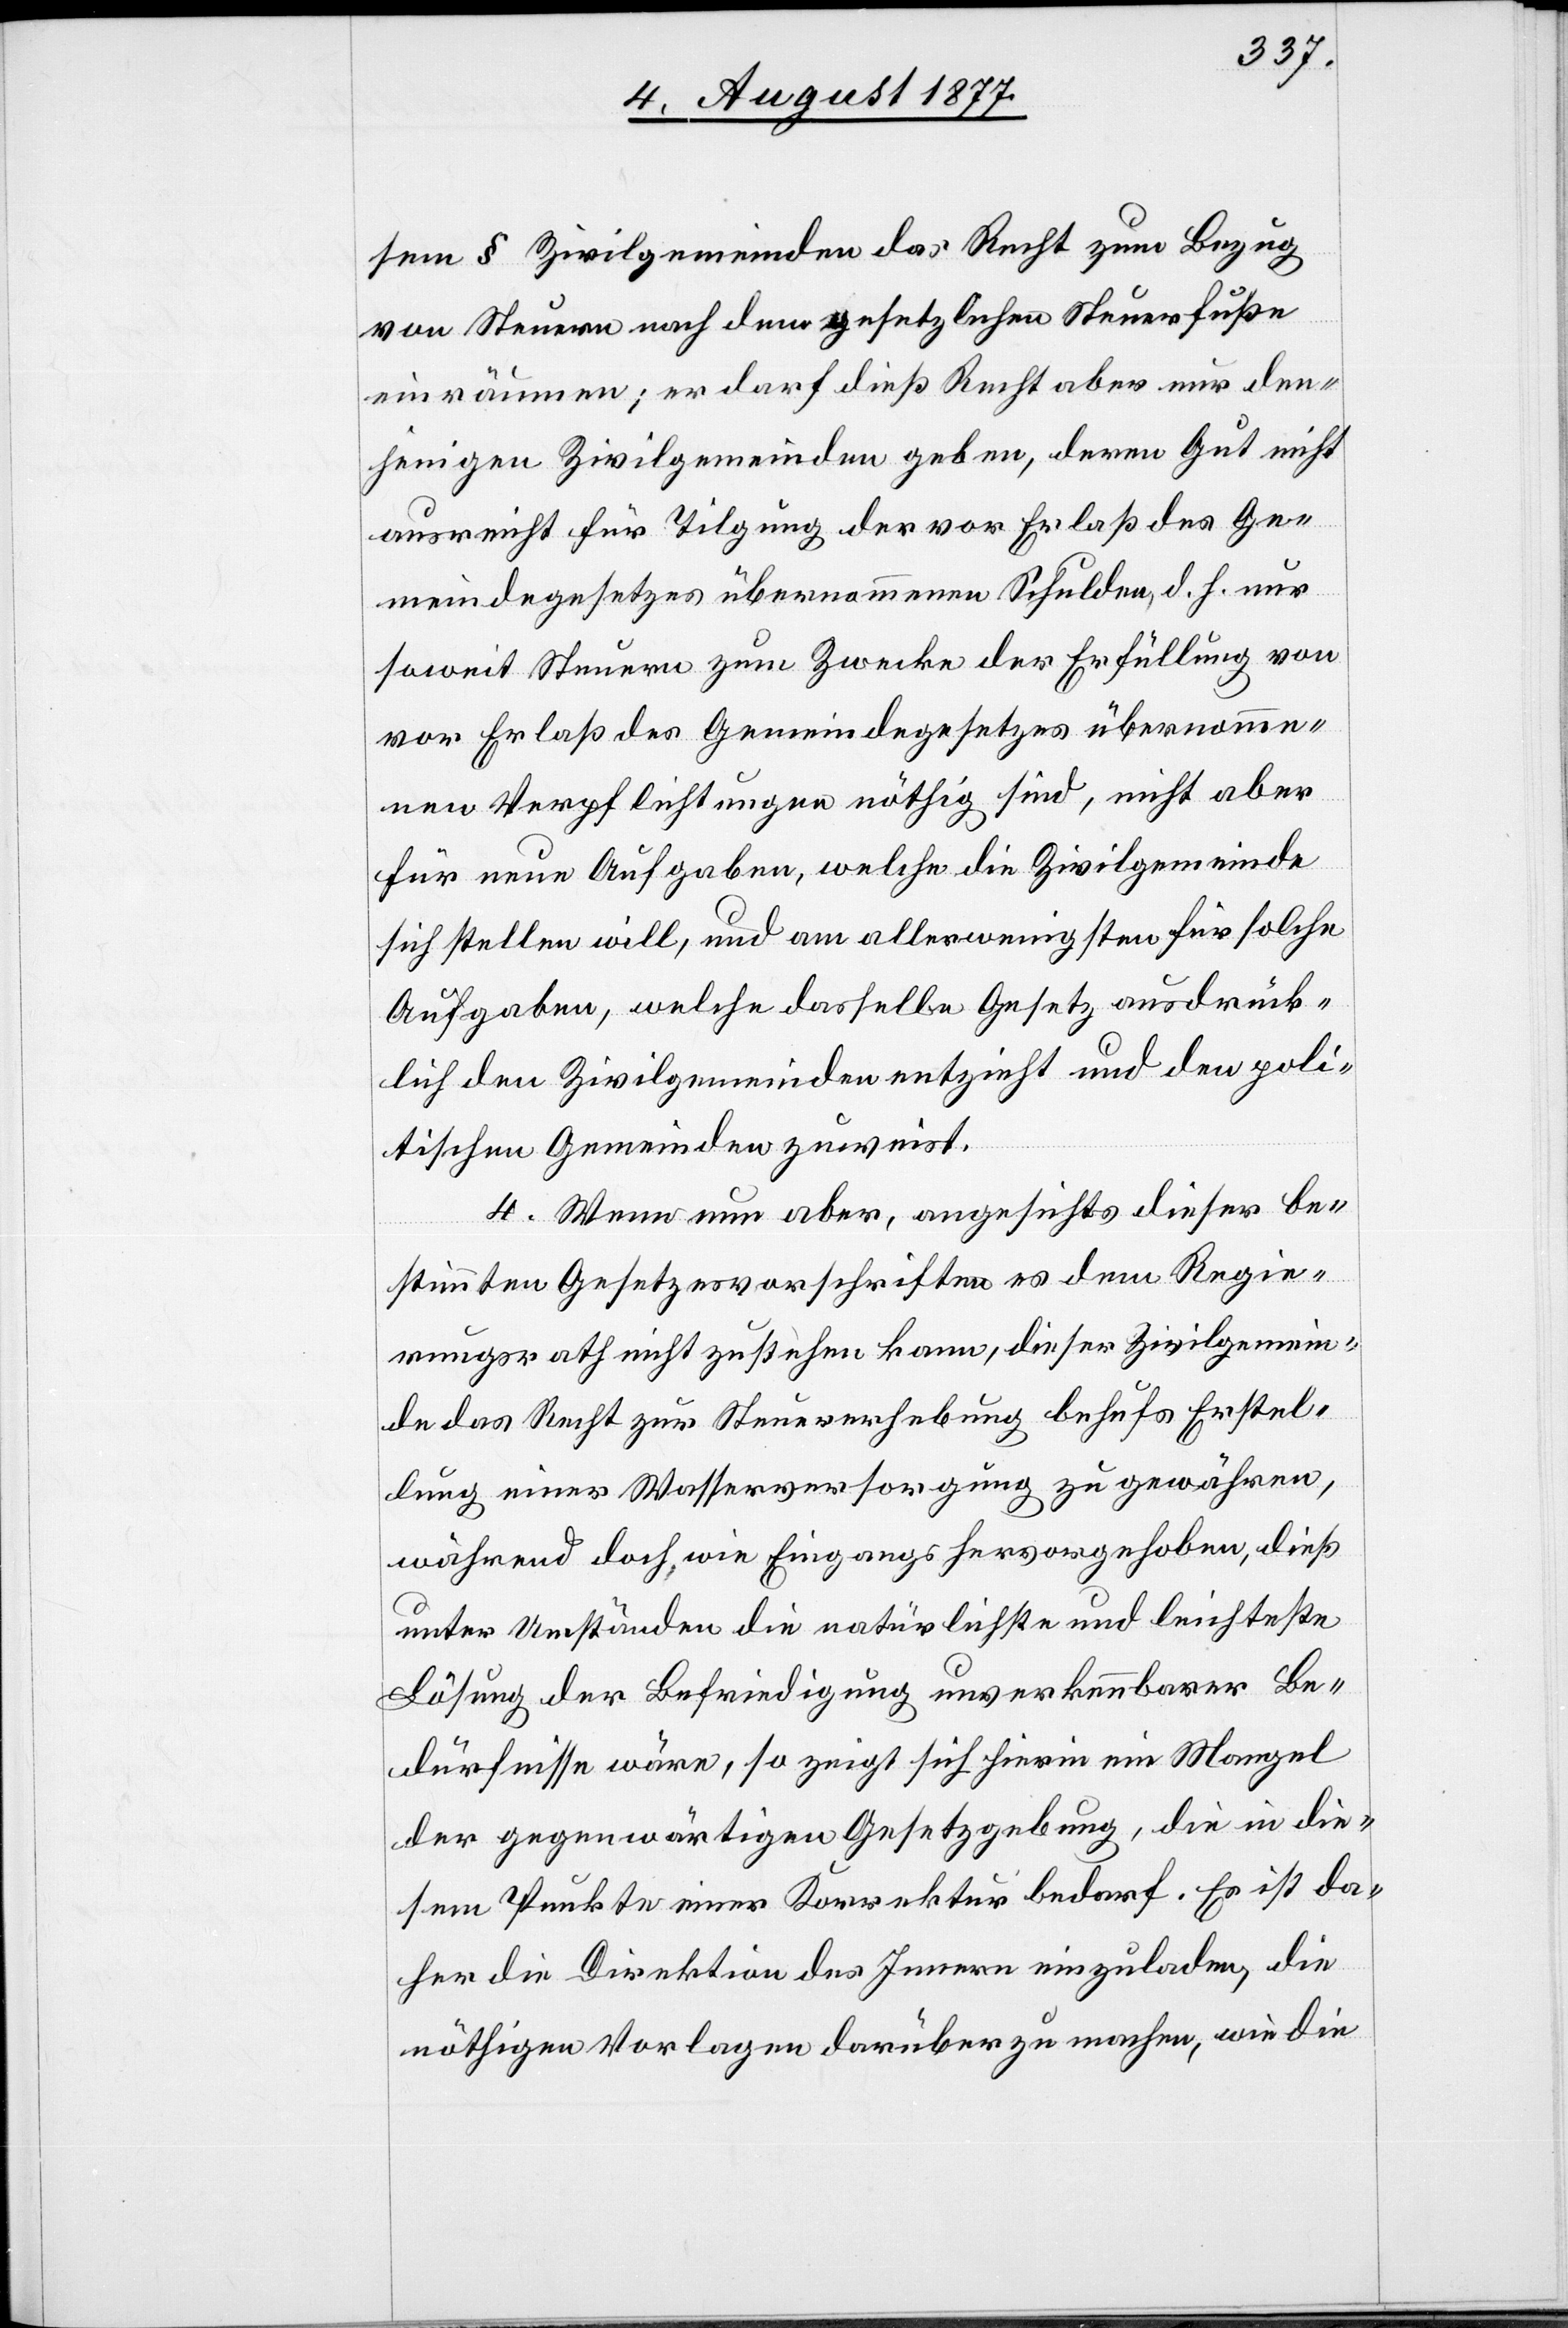
sem § Zivilgemeinden das Recht zum Bezug
von Steuern nach dem gesetzlichen Steuerfuße
einräumen; er darf dieß Recht aber nur den¬
jenigen Zivilgemeinden geben, deren Gut nicht
ausreicht für Tilgung der vor Erlaß des Ge¬
meindegesetzes übernommenen Schulden, d. h. nur
soweit Steuern zum Zwecke der Erfüllung von
vor Erlaß des Gemeindegesetzes übernomme¬
nen Verpflichtungen nöthig sind, nicht aber
für neue Aufgaben, welche die Zivilgemeinde
sich stellen will, und am allerwenigsten für solche
Aufgaben, welche dasselbe Gesetz ausdrück¬
lich den Zivilgemeinden entzieht und den poli¬
tischen Gemeinden zuweist.
4. Wenn nun aber, angesichts dieser be¬
stimmten Gesetzesvorschriften es dem Regie¬
rungsrath nicht zustehen kann, dieser Zivilgemein¬
de das Recht zur Steuererhebung behufs Erstel¬
lung einer Wasserversorgung zu gewähren,
während doch, wie Eingangs hervorgehoben, dieß
unter Umständen die natürlichste und leichteste
Lösung der Befriedigung unverkennbarer Be¬
dürfnisse wäre, so zeigt sich hierin ein Mangel
der gegenwärtigen Gesetzgebung, die in die¬
sem Punkte einer Korrektur bedarf. Es ist da¬
her die Direktion des Innern einzuladen, die
nöthigen Vorlagen darüber zu machen, wie die